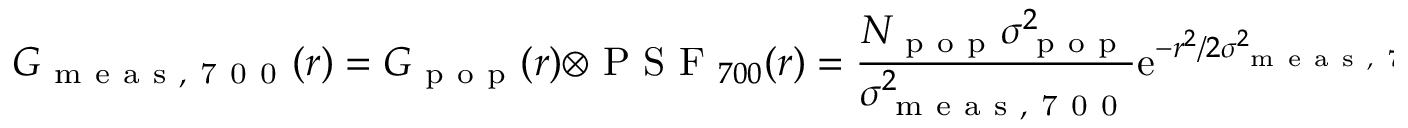
G _ { \mathrm { ~ m ~ e ~ a ~ s ~ , ~ 7 ~ 0 ~ 0 ~ } } ( r ) = G _ { \mathrm { ~ p ~ o ~ p ~ } } ( r ) \otimes \mathrm { ~ P ~ S ~ F ~ } _ { 7 0 0 } ( r ) = \frac { N _ { \mathrm { ~ p ~ o ~ p ~ } } \sigma _ { \mathrm { ~ p ~ o ~ p ~ } } ^ { 2 } } { \sigma _ { \mathrm { ~ m ~ e ~ a ~ s ~ , ~ 7 ~ 0 ~ 0 ~ } } ^ { 2 } } \: \mathrm { e } ^ { - r ^ { 2 } / 2 \sigma _ { \mathrm { ~ m ~ e ~ a ~ s ~ , ~ 7 ~ 0 ~ 0 ~ } } ^ { 2 } }